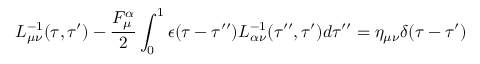
L _ { \mu \nu } ^ { - 1 } ( \tau , \tau ^ { \prime } ) - \frac { { \cal F } _ { \mu } ^ { \alpha } } { 2 } \int _ { 0 } ^ { 1 } \epsilon ( \tau - \tau ^ { \prime \prime } ) L _ { \alpha \nu } ^ { - 1 } ( \tau ^ { \prime \prime } , \tau ^ { \prime } ) d \tau ^ { \prime \prime } = \eta _ { \mu \nu } \delta ( \tau - \tau ^ { \prime } )